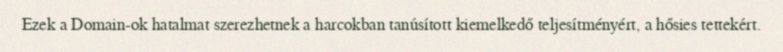
Ezek a Domain-ok hatalmat szerezhetnek a harcokban tanúsított kiemelkedő teljesítményért, a hősies tettekért.